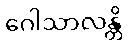
ဂေါသာလန္တိ